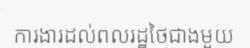
ការងារដល់ពលរដ្ឋថៃជាងមួយ